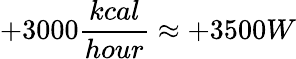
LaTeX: +3000\frac{kcal}{hour}\approx+3500W